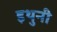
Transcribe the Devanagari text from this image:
इथुनी